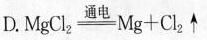
D. $$MgCl_{2} \xlongequal[]{通电} Mg+Cl_{2}